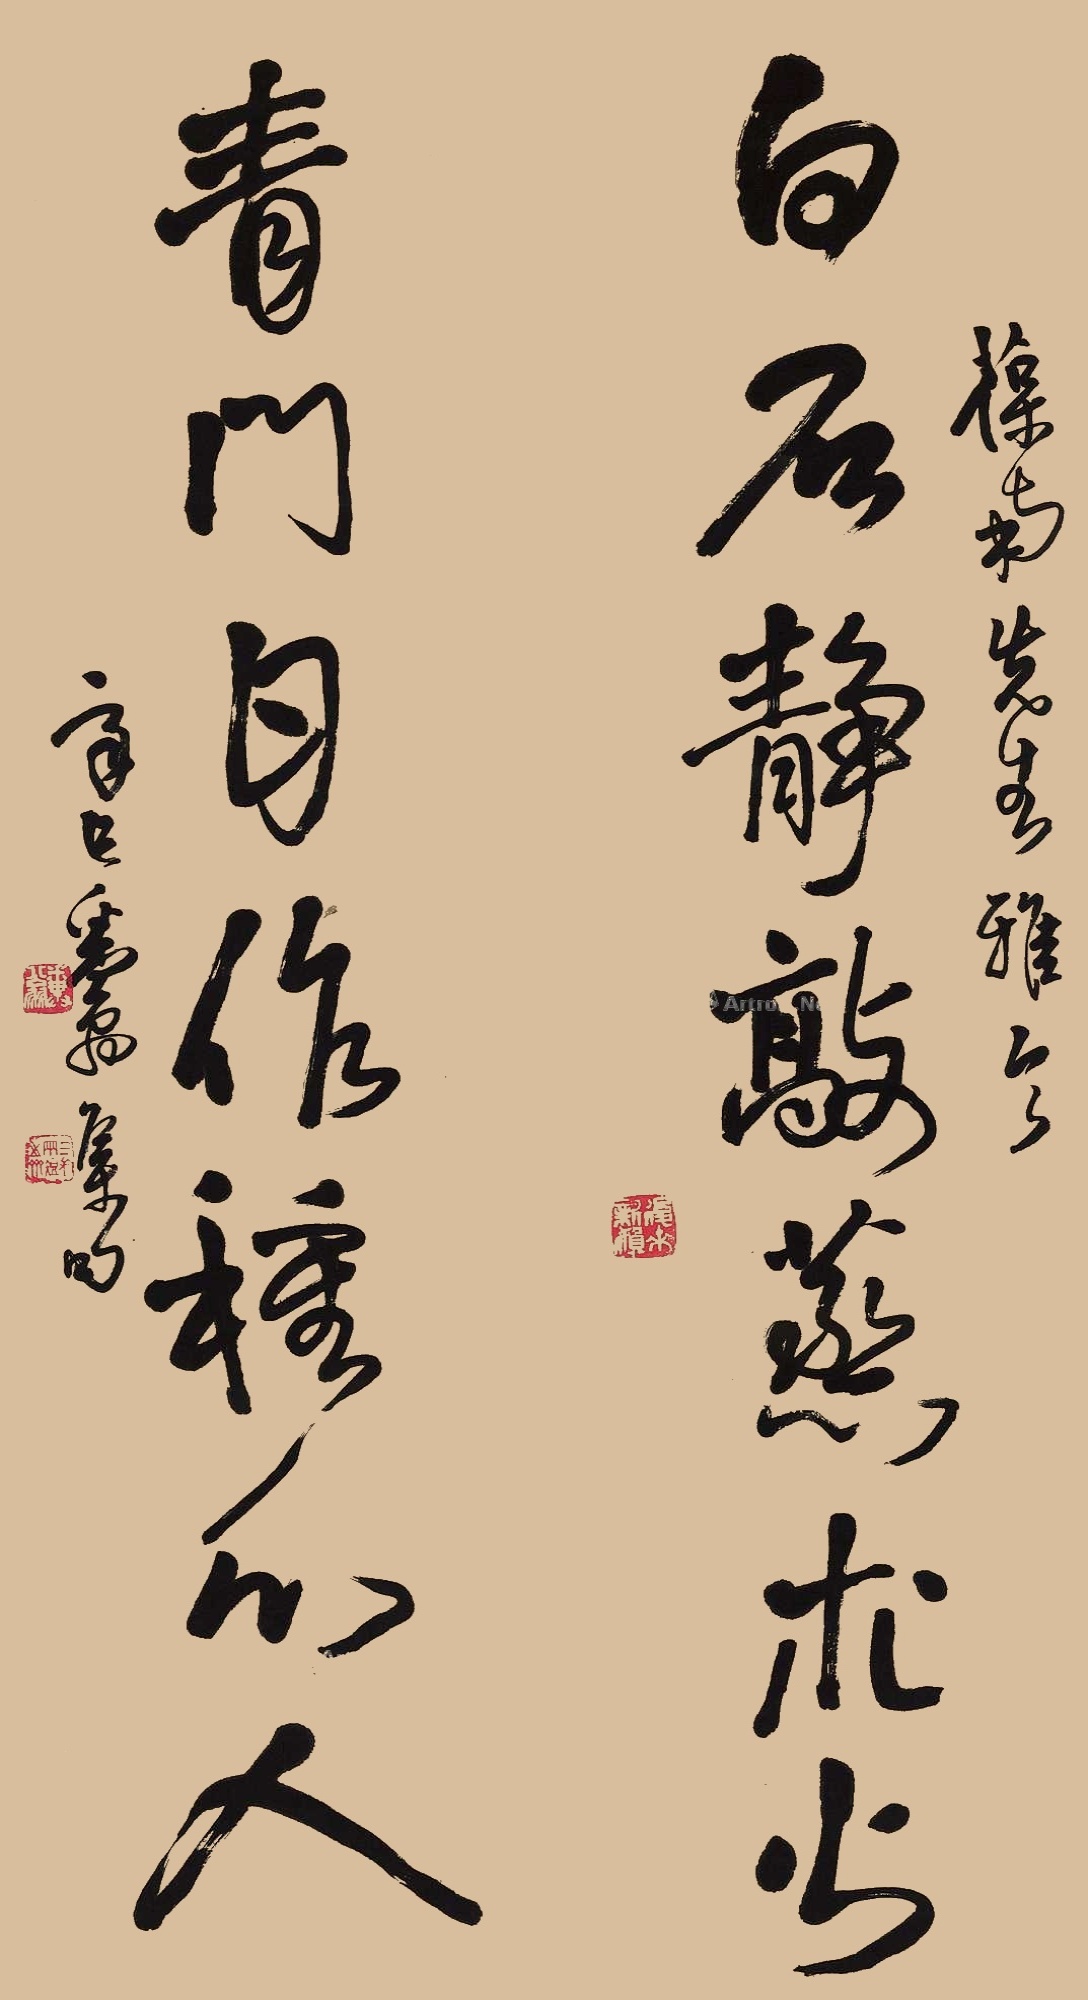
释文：白石静敲蒸术火，青门甘作种心人。葆南先生雅今，辛巳粪翁集句